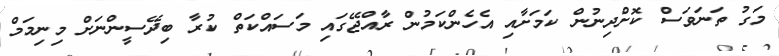
މަގު ތަނަވަސް ކޮށްދިނުން ކަމަށާއި އެހެންކަމުން ރާއްޖޭގައި މަސައްކަތް ކުރާ ބިދޭސީންނަށް މިނިމަމް